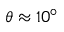
\theta \approx 1 0 ^ { \circ }